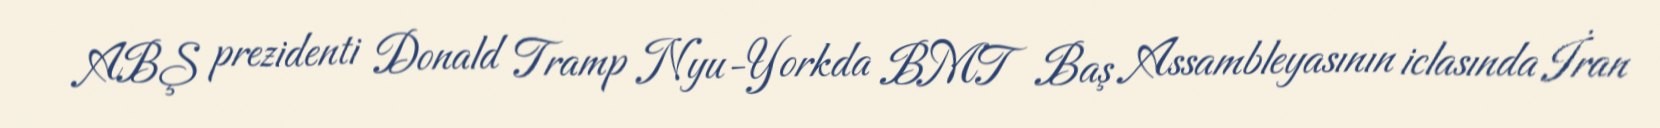
ABŞ prezidenti Donald Tramp Nyu-Yorkda BMT Baş Assambleyasının iclasında İran